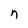
Character: n